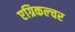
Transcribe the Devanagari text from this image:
एग्रिकल्चर